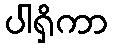
ပါရှိကာ